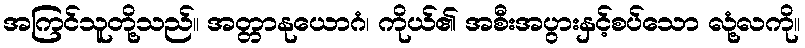
အကြင်သူတို့သည်။ အတ္တာနုယောဂံ၊ ကိုယ်၏ အစီးအပွားနှင့်စပ်သော လုံ့လကို။